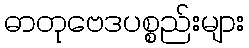
ဓာတုဗေဒပစ္စည်းများ